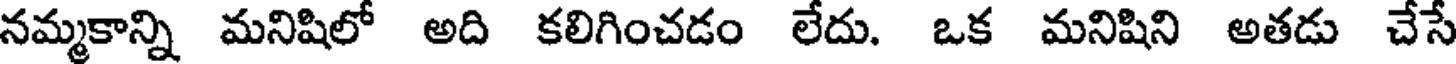
నమ్మకాన్ని మనిషిలో అది కలిగించడం లేదు. ఒక మనిషిని అతడు చేసే